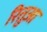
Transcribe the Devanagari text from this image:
रितुआ